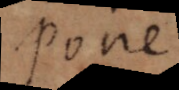
Pone